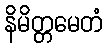
နိမိတ္တမေတံ